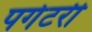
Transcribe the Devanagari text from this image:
पर्गेटरी